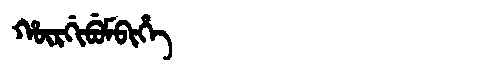
Manchu: ᡥᡡᡵᡤᡳᠪᡠᠮᠪᡳᡥᡝ
Romanization: HŪRGIBUMBIHE